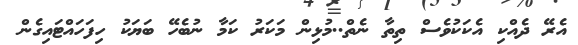
އެރޭ ދެއްކި އެކަކުވެސް ތިތާ ނެތް..މުޅިން މަކަރު ކަމާ ނުބެހޭ ބަޔަކު ހިފަހައްޓައިގެން